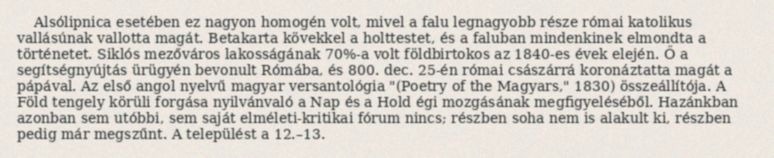
Alsólipnica esetében ez nagyon homogén volt, mivel a falu legnagyobb része római katolikus vallásúnak vallotta magát. Betakarta kövekkel a holttestet, és a faluban mindenkinek elmondta a történetet. Siklós mezőváros lakosságának 70%-a volt földbirtokos az 1840-es évek elején. Ő a segítségnyújtás ürügyén bevonult Rómába, és 800. dec. 25-én római császárrá koronáztatta magát a pápával. Az első angol nyelvű magyar versantológia "(Poetry of the Magyars," 1830) összeállítója. A Föld tengely körüli forgása nyilvánvaló a Nap és a Hold égi mozgásának megfigyeléséből. Hazánkban azonban sem utóbbi, sem saját elméleti-kritikai fórum nincs; részben soha nem is alakult ki, részben pedig már megszűnt. A települést a 12.–13.